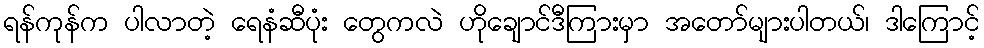
ရန်ကုန်က ပါလာတဲ့ ရေနံဆီပုံး တွေကလဲ ဟိုချောင်ဒီကြားမှာ အတော်များပါတယ်၊ ဒါကြောင့်